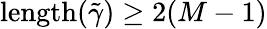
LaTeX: \mathrm{length}(\tilde{\gamma})\ge 2(M-1)